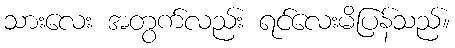
သားလေး အတွက်လည်း ရင်လေးမိပြန်သည်။